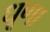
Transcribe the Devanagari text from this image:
धूणा